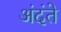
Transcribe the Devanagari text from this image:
अंदंते